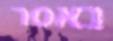
נאסר